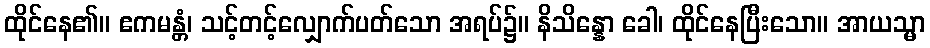
ထိုင်နေ၏။ ဧကမန္တံ၊ သင့်တင့်လျှောက်ပတ်သော အရပ်၌။ နိသိန္နော ခေါ၊ ထိုင်နေပြီးသော။ အာယသ္မာ